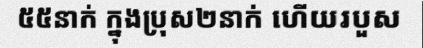
៥៥នាក់ ក្នុងប្រុស២នាក់ ហើយរបួស